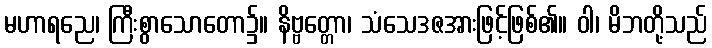
မဟာရညေ၊ ကြီးစွာသောတော၌။ နိဗ္ဗတ္တော၊ သံသေဒဇအားဖြင့်ဖြစ်၏။ ဝါ၊ မိဘတို့သည်